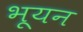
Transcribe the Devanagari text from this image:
भूयन